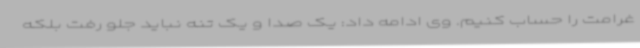
غرامت را حساب کنیم. وی ادامه داد: یک صدا و یک تنه نباید جلو رفت بلکه